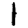
Digit: 1